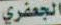
الجعفري